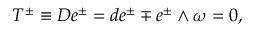
T ^ { \pm } \equiv { \cal D } e ^ { \pm } = d e ^ { \pm } \mp e ^ { \pm } \wedge \omega = 0 ,